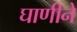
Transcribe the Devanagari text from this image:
घाणीने